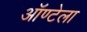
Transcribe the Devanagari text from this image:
ऑण्टेला